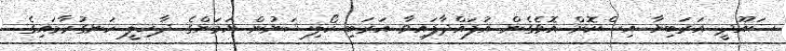
ސައޫދީ އަރަބިޔާ އިސްކޮށް އޮވެގެން އުފައްދާފައިވާ އަރަބި ކޯލިޝަނުން ޔަމަންގެ ދާޚިލީ ހަނގުރާމައިގެ